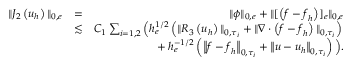
\begin{array} { r l r } { \| J _ { 2 } \left( \boldsymbol { u } _ { h } \right) \| _ { 0 , e } } & { = } & { \| \phi \| _ { 0 , e } + \| [ \left( \boldsymbol { f } - \boldsymbol { f } _ { h } \right) ] _ { e } \| _ { 0 , e } } \\ & { \lesssim } & { C _ { 1 } \sum _ { i = 1 , 2 } \Big ( h _ { e } ^ { 1 / 2 } \left( \| R _ { 3 } \left( \boldsymbol { u } _ { h } \right) \| _ { 0 , \tau _ { i } } + \| \nabla \cdot \left( \boldsymbol { f } - \boldsymbol { f } _ { h } \right) \| _ { 0 , \tau _ { i } } \right) \Big . } \\ & { } & { \Big . + h _ { e } ^ { - 1 / 2 } \left( \left\| \boldsymbol { f } - \boldsymbol { f } _ { h } \right\| _ { 0 , \tau _ { i } } + \left\| \boldsymbol { u } - \boldsymbol { u } _ { h } \right\| _ { 0 , \tau _ { i } } \right) \Big ) . } \end{array}